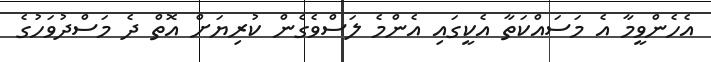
އެހެންވީމާ އެ މަސައްކަތާ އެކީގައި އެންމެ ލަސްވެގެން ކުރިޔަށް އޮތް ދެ މަސްދުވަހުގެ